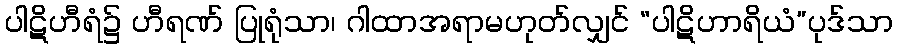
ပါဋိဟီရံ၌ ဟီရဏ် ပြုရုံသာ၊ ဂါထာအရာမဟုတ်လျှင် “ပါဋိဟာရိယံ”ပုဒ်သာ